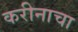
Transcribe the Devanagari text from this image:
करीनाचा